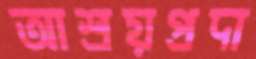
আশ্রয়প্রদা